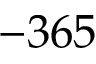
- 3 6 5